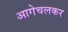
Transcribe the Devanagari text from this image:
आगेचलकर